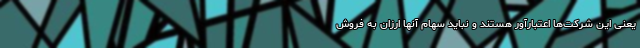
یعنی این شرکت‌ها اعتبارآور هستند و نباید سهام آ‌نها ارزان به فروش